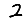
Digit: 2